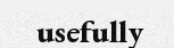
usefully